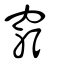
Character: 窮